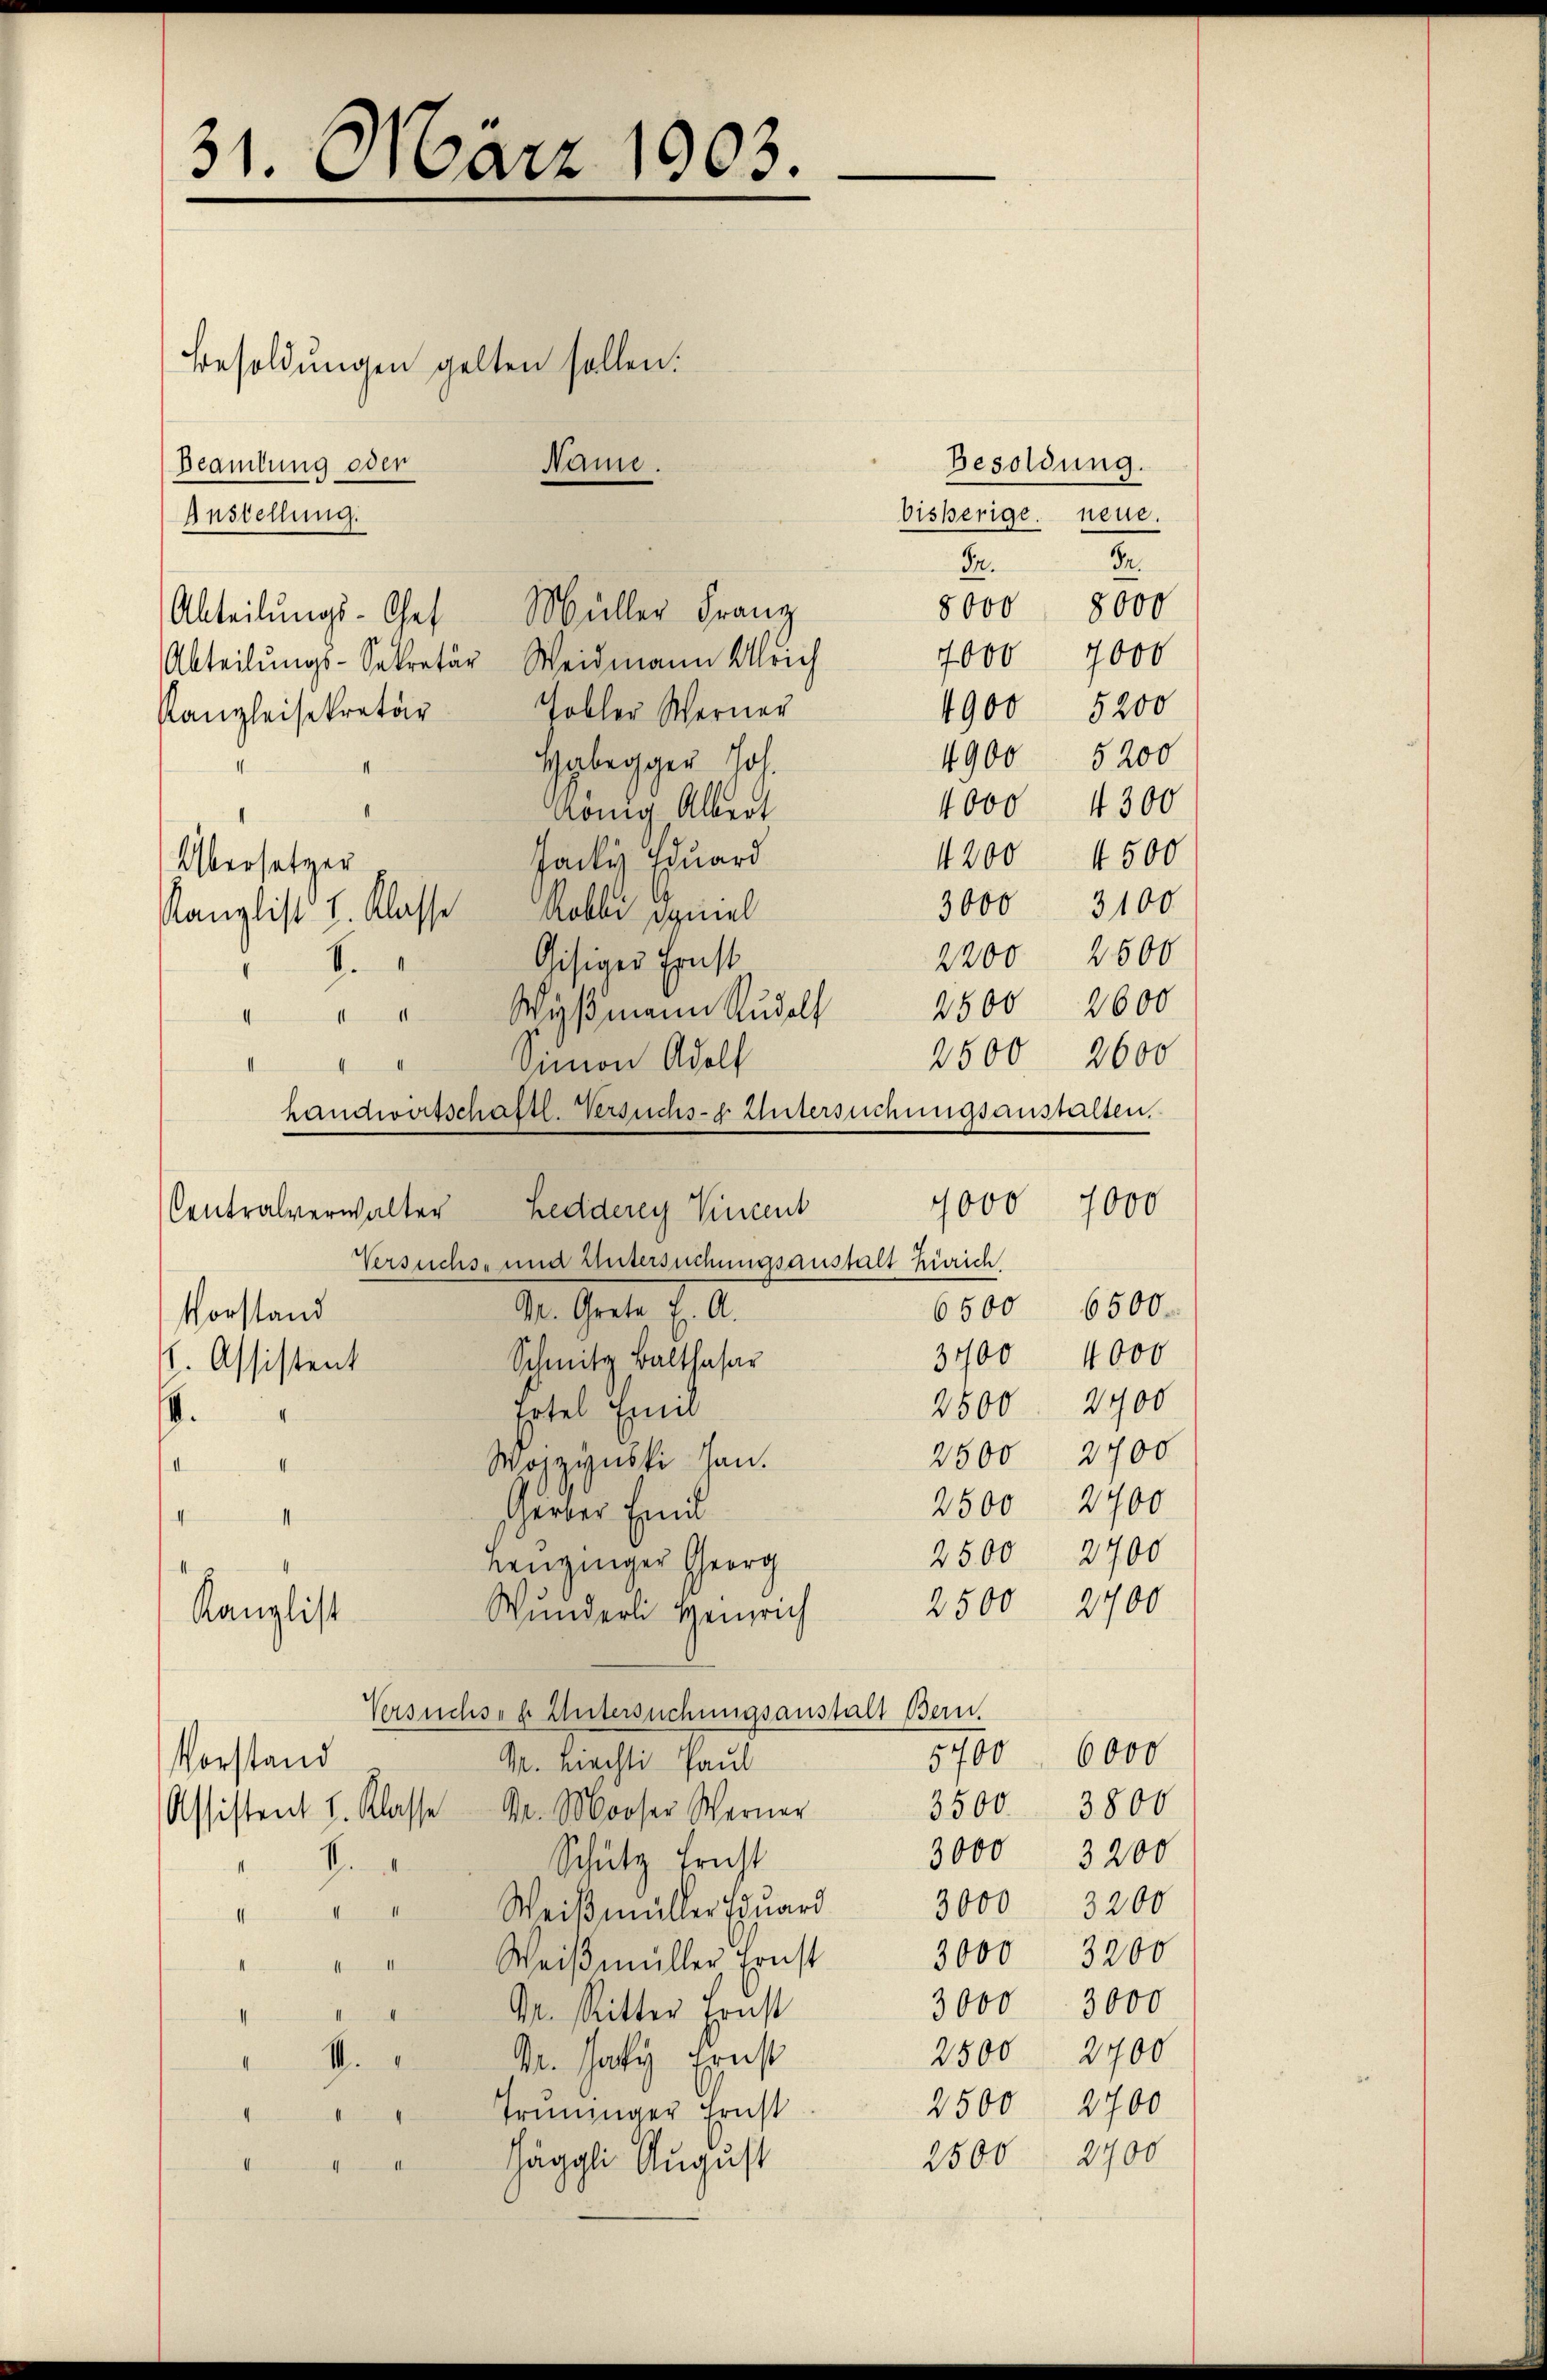
31. März 1903.

Besoldungen gelten sollen.
Beamtung oder
Abteilungs-Chef Müller Franz
Abteilungs-Sekretär Weidmann Ulrich
Tobler Werner
Kanzleisekretär
gybegger Joh.
König, Albert
Jacky Eduard
Übersetzer
Kanzlist I. Klasse Robbi Daniel
Gisiger Ernst
.
.
" " " Wyβmann Rudolf
Simon Adolf

Contralverwalter Ledderey Vincent
Vorstand
h. Assistent
.
Wozzynski han.
II

f
Kanzlist

Anstellung.

Name.

Herrer Emil
Henzinger Georg
Wunderli Heinrich
Versuchsen Untersuchungsanstalt Bern.
Vorstand
M. Liechli Paul
Assistent I. Klasse Dr. Mooser Werner
Schutz Frist
b
Weißmüller Eduard
III
4
Weißmüller, Ernst
M. Ritter Ernst
Mr. Haty Ernst
1.
I
Trüninger Ernst
e
Jäggli August
1

Besoldung.
bisherige neue.
In.
In.
8000 8000
7000 7000
4900 5200
5200
4900
4000 4300
4200 4500
3000 3100
2200 2500
2500 2600
2500
2600

handwirtschaftl. Versuchs- Untersuchungsanstalten.
7000 7000
Versuchs- und untersuchungsanstalt Zürich
6500 6500.
M. Grete 7. d.
4000
3700
Schmitz Balthasar
2500. 2900
Ertel Emil

6000
3800
3500
3000 3200
3000 3200
3200
3000
3000. 3000
2500 2700
2500 2700
2500 2900

5700

2500 2700
2500 2700
2500 2700
2700
2500